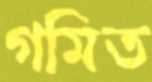
গমিত